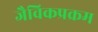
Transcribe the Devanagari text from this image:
जैविकप्रक्रम